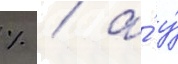
% / а́ у́